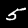
Digit: 5